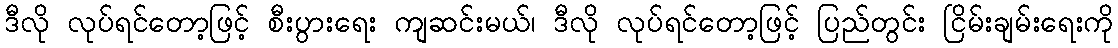
ဒီလို လုပ်ရင်တော့ဖြင့် စီးပွားရေး ကျဆင်းမယ်၊ ဒီလို လုပ်ရင်တော့ဖြင့် ပြည်တွင်း ငြိမ်းချမ်းရေးကို